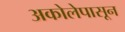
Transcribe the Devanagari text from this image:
अकोलेपासून